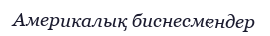
Америкалық биснесмендер